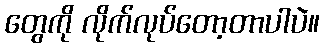
တွေကို လိုက်လုပ်တော့တာပါပဲ။